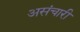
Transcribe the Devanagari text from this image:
असंचारी